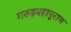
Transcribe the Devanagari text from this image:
गरुड़महापुराण